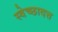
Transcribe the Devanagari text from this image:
स्वेच्छादत्त